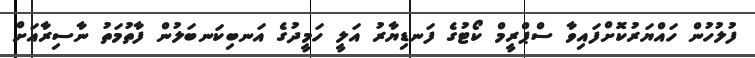
ފުލުހުން ހައްޔަރުކޮށްފައިވާ ސްޕްރީމް ކޯޓުގެ ފަނޑިޔާރު އަލީ ހަމީދުގެ އަނބިކަނބަލުން ފާތުމަތު ނާސިރާއަށް